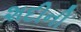
શદીની